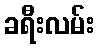
ခရီးလမ်း